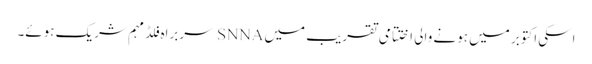
اسکی اکتوبر میں ہونے والی اختتامی تقریب میں SNNA سربراہ فلڈ مہم شریک ہوئے۔